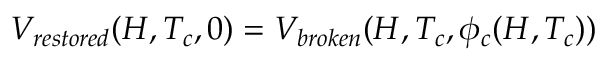
V _ { r e s t o r e d } ( H , T _ { c } , 0 ) = V _ { b r o k e n } ( H , T _ { c } , \phi _ { c } ( H , T _ { c } ) )